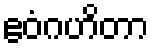
ဧဝံဂဟိတာ